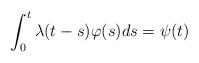
LaTeX: \begin{align*}\int_0^t \lambda (t-s)\varphi (s) ds=\psi (t)\end{align*}